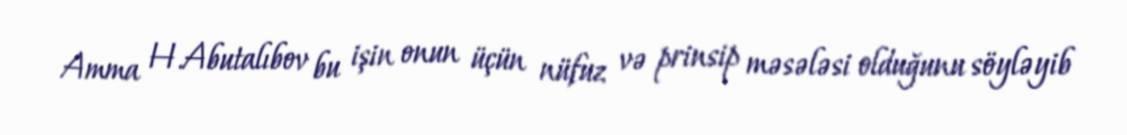
Amma H.Abutalıbov bu işin onun üçün nüfuz və prinsip məsələsi olduğunu söyləyib